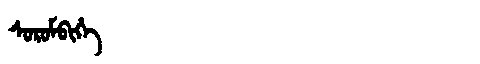
Manchu: ᠰᠣᡵᠣᠮᠪᡳᡥᡝ
Romanization: SOROMBIHE